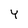
Character: Y